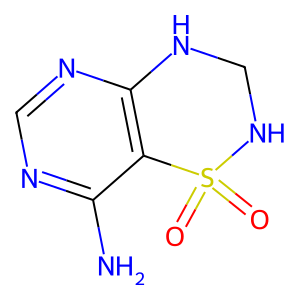
SMILES: Nc1ncnc2c1S(=O)(=O)NCN2
Inhibits HIV replication: No